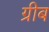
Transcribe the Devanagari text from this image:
ग्रीब